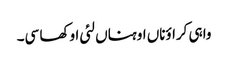
واہی کراؤناں اوہناں لئی اوکھا سی۔